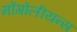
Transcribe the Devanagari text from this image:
मोंगोलीयन्स